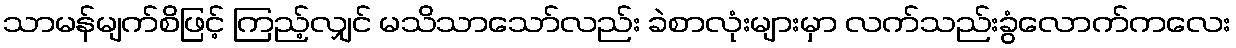
သာမန်မျက်စိဖြင့် ကြည့်လျှင် မသိသာသော်လည်း ခဲစာလုံးများမှာ လက်သည်းခွံလောက်ကလေး